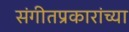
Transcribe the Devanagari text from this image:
संगीतप्रकारांच्या